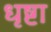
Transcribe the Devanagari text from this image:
धृष्टा